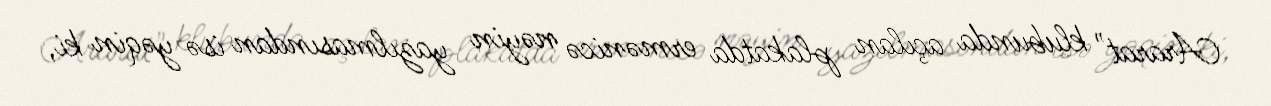
Ararat" klubunda açılan plakatda ermənicə nəyin yazılmasından isə yəqin ki,